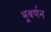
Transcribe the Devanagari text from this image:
भूवर्णन